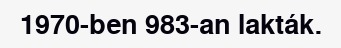
1970-ben 983-an lakták.